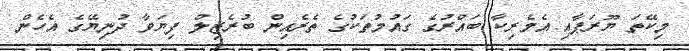
މިކޭތަ ޔޫރަޕާއި އެމެރިކާ ބައްރުގެ ގައުމުތަކުގެ ތެރެއިން ބުރެޒިލް ފިޔަވާ ދުނިޔޭގެ އެހެން